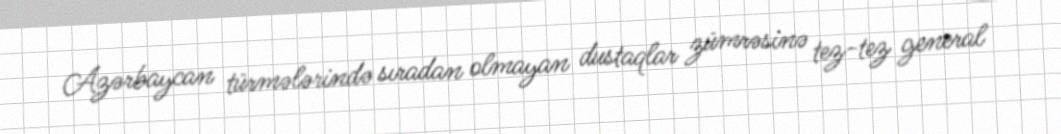
Azərbaycan türmələrində sıradan olmayan dustaqlar zümrəsinə tez-tez general